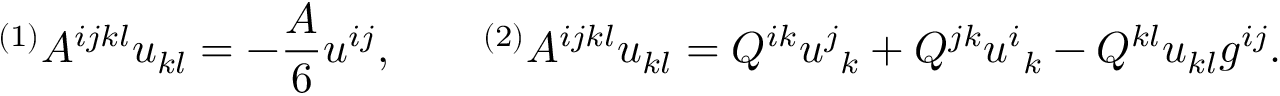
{ } ^ { ( 1 ) } A ^ { i j k l } u _ { k l } = - \frac A 6 u ^ { i j } , \qquad { } ^ { ( 2 ) } A ^ { i j k l } u _ { k l } = Q ^ { i k } u ^ { j } { } _ { k } + Q ^ { j k } u ^ { i } { } _ { k } - Q ^ { k l } u _ { k l } g ^ { i j } .